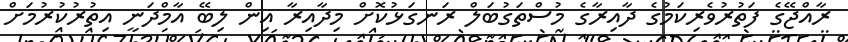
ރާއްޖޭގެ ފަތުރުވެރިކަމުގެ ދާއިރާގެ މުސްތަގުބަލް ރަނގަޅުކޮށް މިދާއިރާ އިން ލިބޭ އާމްދަނީ އިތުރުކުރުމަށް